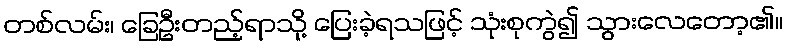
တစ်လမ်း၊ ခြေဦးတည့်ရာသို့ ပြေးခဲ့ရသဖြင့် သုံးစုကွဲ၍ သွားလေတော့၏။